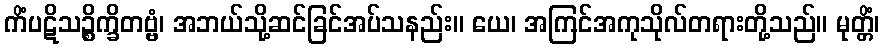
ကိံပဋိသဉ္စိက္ခိတဗ္ဗံ၊ အဘယ်သို့ဆင်ခြင်အပ်သနည်း။ ယေ၊ အကြင်အကုသိုလ်တရားတို့သည်။ မုတ္တိံ၊